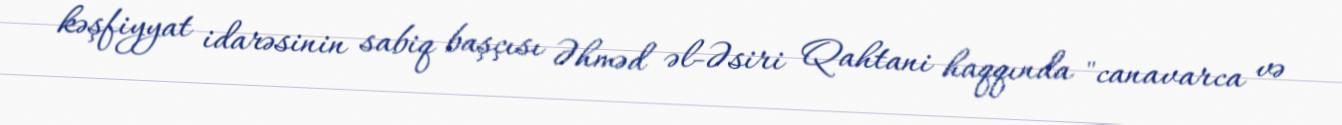
kəşfiyyat idarəsinin sabiq başçısı Əhməd əl-Əsiri Qahtani haqqında "canavarca və